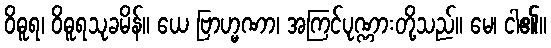
ဝိဓူရ၊ ဝိဓူရသုခမိန်။ ယေ ဗြာဟ္မဏာ၊ အကြင်ပုဏ္ဏားတို့သည်။ မေ၊ ငါ၏။